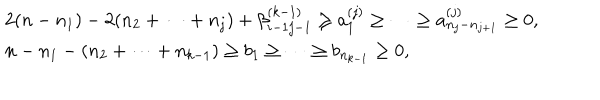
\begin{array} { l } { { 2 ( n - n _ { 1 } ) - 2 ( n _ { 2 } + \cdots + n _ { j } ) + \beta _ { i - 1 j - 1 } ^ { ( k - 1 ) } \geq a _ { 1 } ^ { ( j ) } \geq \cdots \geq a _ { n _ { j } - n _ { j + 1 } } ^ { ( j ) } \geq 0 , } } \\ { { n - n _ { 1 } - ( n _ { 2 } + \cdots + n _ { k - 1 } ) \geq b _ { 1 } \geq \cdots \geq b _ { n _ { k - 1 } } \geq 0 , } } \\ \end{array}